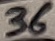
Text: 36